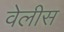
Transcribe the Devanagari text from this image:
वेलीस